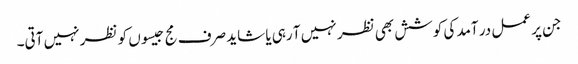
جن پر عمل در آمد کی کوشش بھی نظر نہیں آ رہی یا شاید صرف مج جیسوں کو نظر نہیں آتی۔